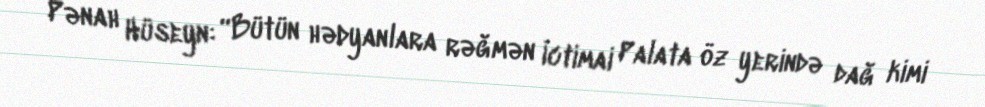
Pənah Hüseyn: “Bütün hədyanlara rəğmən İctimai Palata öz yerində dağ kimi